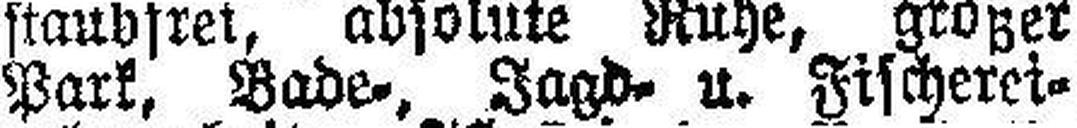
Park, Bade-, Jagd- u. Fischerei¬